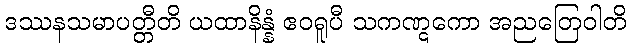
ဒဿနသမာပတ္တီတိ ယထာနိန္နံ ဧဝရူပီ သကဏ္ဋကော အညတြေဝါတိ